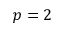
p = 2